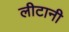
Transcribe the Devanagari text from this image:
लीटानी